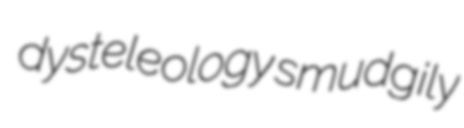
dysteleology smudgily